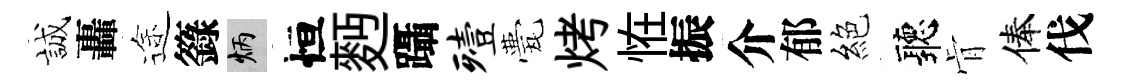
誠轟途籙炳恒麪躡殪甍烤恠振介郁絕聽肻俸伐